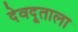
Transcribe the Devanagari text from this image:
देवदूताला